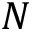
N